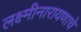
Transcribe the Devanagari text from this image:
लक्ष्मीनारायणाचे